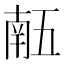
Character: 𠄼